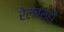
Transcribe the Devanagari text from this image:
रेलबसही